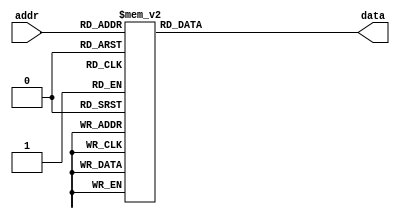
`timescale 1ns / 1ps
//////////////////////////////////////////////////////////////////////////////////
// Company: 
// Engineer: 
// 
// Design Name: 
// Module Name: Sevenseg_rom
// Project Name: 
// Target Devices: 
// Tool Versions: 
// Description: 
// 
// Dependencies: 
// 
// Revision:
// Revision 0.01 - File Created
// Additional Comments:
// 
//////////////////////////////////////////////////////////////////////////////////


module Sevenseg_rom
 #
 (parameter addr_width = 16, // store 16 elements
addr_bits = 4, // required bits to store 16 elements
data_width = 7 // each element has 7-bits
)
(input wire [addr_bits-1:0] addr,
output reg [data_width-1:0] data // reg (not wire)
);
always @*
 begin
 case(addr)
 4'b0000 : data = 7'b1000000; // 0
 4'b0001 : data = 7'b1111001; // 1
4'b0010 : data = 7'b0100100; // 2
 4'b0011 : data = 7'b0110000; // 3
4'b0100 : data = 7'b0011001; // 4
 4'b0101 : data = 7'b0010010; // 5
 4'b0110 : data = 7'b0000010; // 6
 4'b0111 : data = 7'b1111000; // 7
4'b1000 : data = 7'b0000000; // 8
 4'b1001 : data = 7'b0010000; // 9
 4'b1010 : data = 7'b0001000; // a
   4'b1011 : data = 7'b0000011; // b
   4'b1100 : data = 7'b1000110; // c
 4'b1101 : data = 7'b0100001; // d
 4'b1110 : data = 7'b0000110; // e
 default : data = 7'b0001110; // f
endcase
 end
endmodule